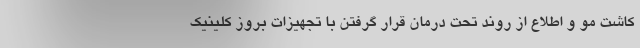
کاشت مو و اطلاع از روند تحت درمان قرار گرفتن با تجهیزات بروز کلینیک